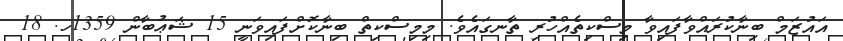
އައުޒަމް ބިނާކުރައްވާފައިވާ މިސްކިތެއްހުރި ތާނގައެވެ. މިމިސްކިތް ބިނާކޮށްފައިވަނީ 15 ޝަޢުބާން 1359ހ. 18